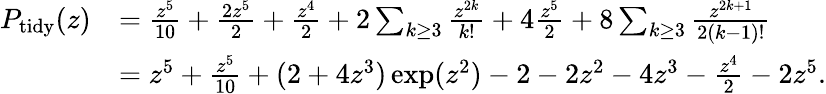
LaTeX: \begin{array}{rl}{P_{\mathrm{tidy}}(z)}&{=\frac{z^{5}}{10}+\frac{2z^{5}}{2}+\frac{z^{4}}{2}+2\sum_{k\geq 3}\frac{z^{2k}}{k!}+4\frac{z^{5}}{2}+8\sum_{k\geq 3}\frac{z^{2k+1}}{2(k-1)!}}\\ &{=z^{5}+\frac{z^{5}}{10}+(2+4z^{3})\exp(z^{2})-2-2z^{2}-4z^{3}-\frac{z^{4}}{2}-2z^{5}.}\end{array}